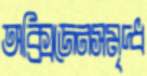
অক্সিজেনসমৃদ্ধ